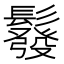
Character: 𩯌